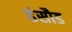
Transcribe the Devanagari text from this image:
हंसौड